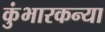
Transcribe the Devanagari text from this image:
कुंभारकन्या